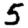
Digit: 5